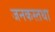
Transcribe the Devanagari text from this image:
जनकस्तथा